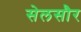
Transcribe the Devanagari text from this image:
सेलसौर